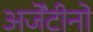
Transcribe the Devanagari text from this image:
अर्जेंटीनो